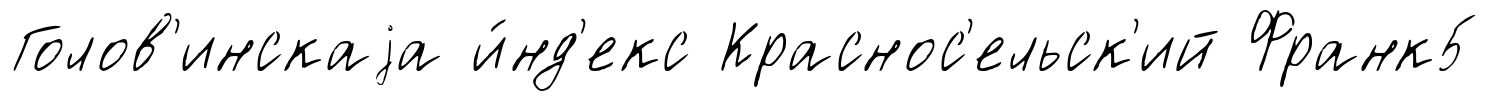
Голов'инскаjа и́нд'екс Краснос'ельск'ий Франк5